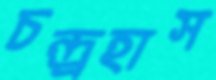
চন্দ্র্রহাস